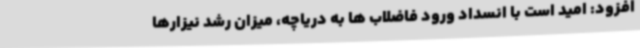
افزود: امید است با انسداد ورود فاضلاب ها به دریاچه، میزان رشد نیزارها